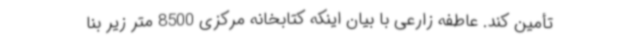
تأمین کند. عاطفه زارعی با بیان اینکه کتابخانه مرکزی 8500 متر زیر بنا